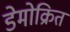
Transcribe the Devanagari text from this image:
डेमोक्रित